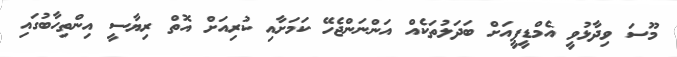
މޫސަ ވިދާޅުވީ އެމްޑީޕީއަށް ބަދަލުތަކެއް އަންނަންޖެހޭ ކަމަށާއި ކުރިއަށް އޮތް ރިޔާސީ އިންތިހާބުގައި